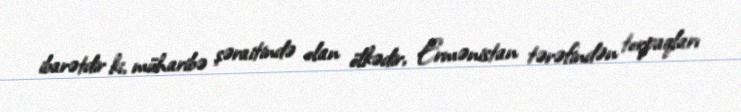
ibarətdir ki, müharibə şəraitində olan ölkədir, Ermənistan tərəfindən torpaqları